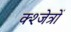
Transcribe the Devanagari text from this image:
क्श्जेत्रों